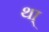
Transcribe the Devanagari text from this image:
था्